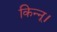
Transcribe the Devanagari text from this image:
किन्नू।